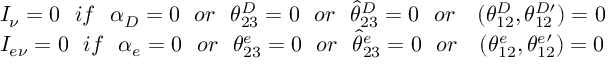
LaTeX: \begin{array} { l } { { I _ { \nu } = 0 ~ \ i f ~ \ \alpha _ { D } = 0 ~ \ o r ~ \ \theta _ { 2 3 } ^ { D } = 0 ~ \ o r ~ \ \widehat { \theta } _ { 2 3 } ^ { D } = 0 ~ \ o r ~ \ ~ ( \theta _ { 1 2 } ^ { D } , \theta _ { 1 2 } ^ { D \prime } ) = 0 } } \\ { { I _ { e \nu } = 0 ~ \ i f ~ \ \alpha _ { e } = 0 ~ \ o r ~ \ \theta _ { 2 3 } ^ { e } = 0 ~ \ o r ~ \ \widehat { \theta } _ { 2 3 } ^ { e } = 0 ~ \ o r ~ \ ~ ( \theta _ { 1 2 } ^ { e } , \theta _ { 1 2 } ^ { e \prime } ) = 0 } } \end{array}